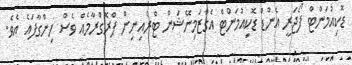
ޑޮކިއުމަންޓް ފޯޖަރީ އެންޑް ޑޮކިއުމަންޓް އެގްޒަމިނޭޝަން ޓްރެއިނިން ޕްރޮގްރާމެއް ވެސް ހިންގާފައެ އެވެ.